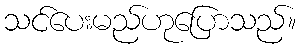
သင်ပေးမည်ဟုပြောသည်။